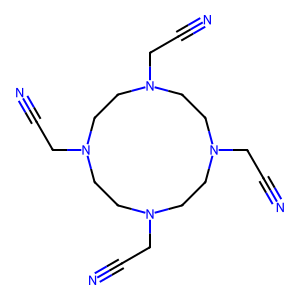
SMILES: N#CCN1CCN(CC#N)CCN(CC#N)CCN(CC#N)CC1
Inhibits HIV replication: No